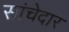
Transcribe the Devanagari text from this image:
सांचेदार